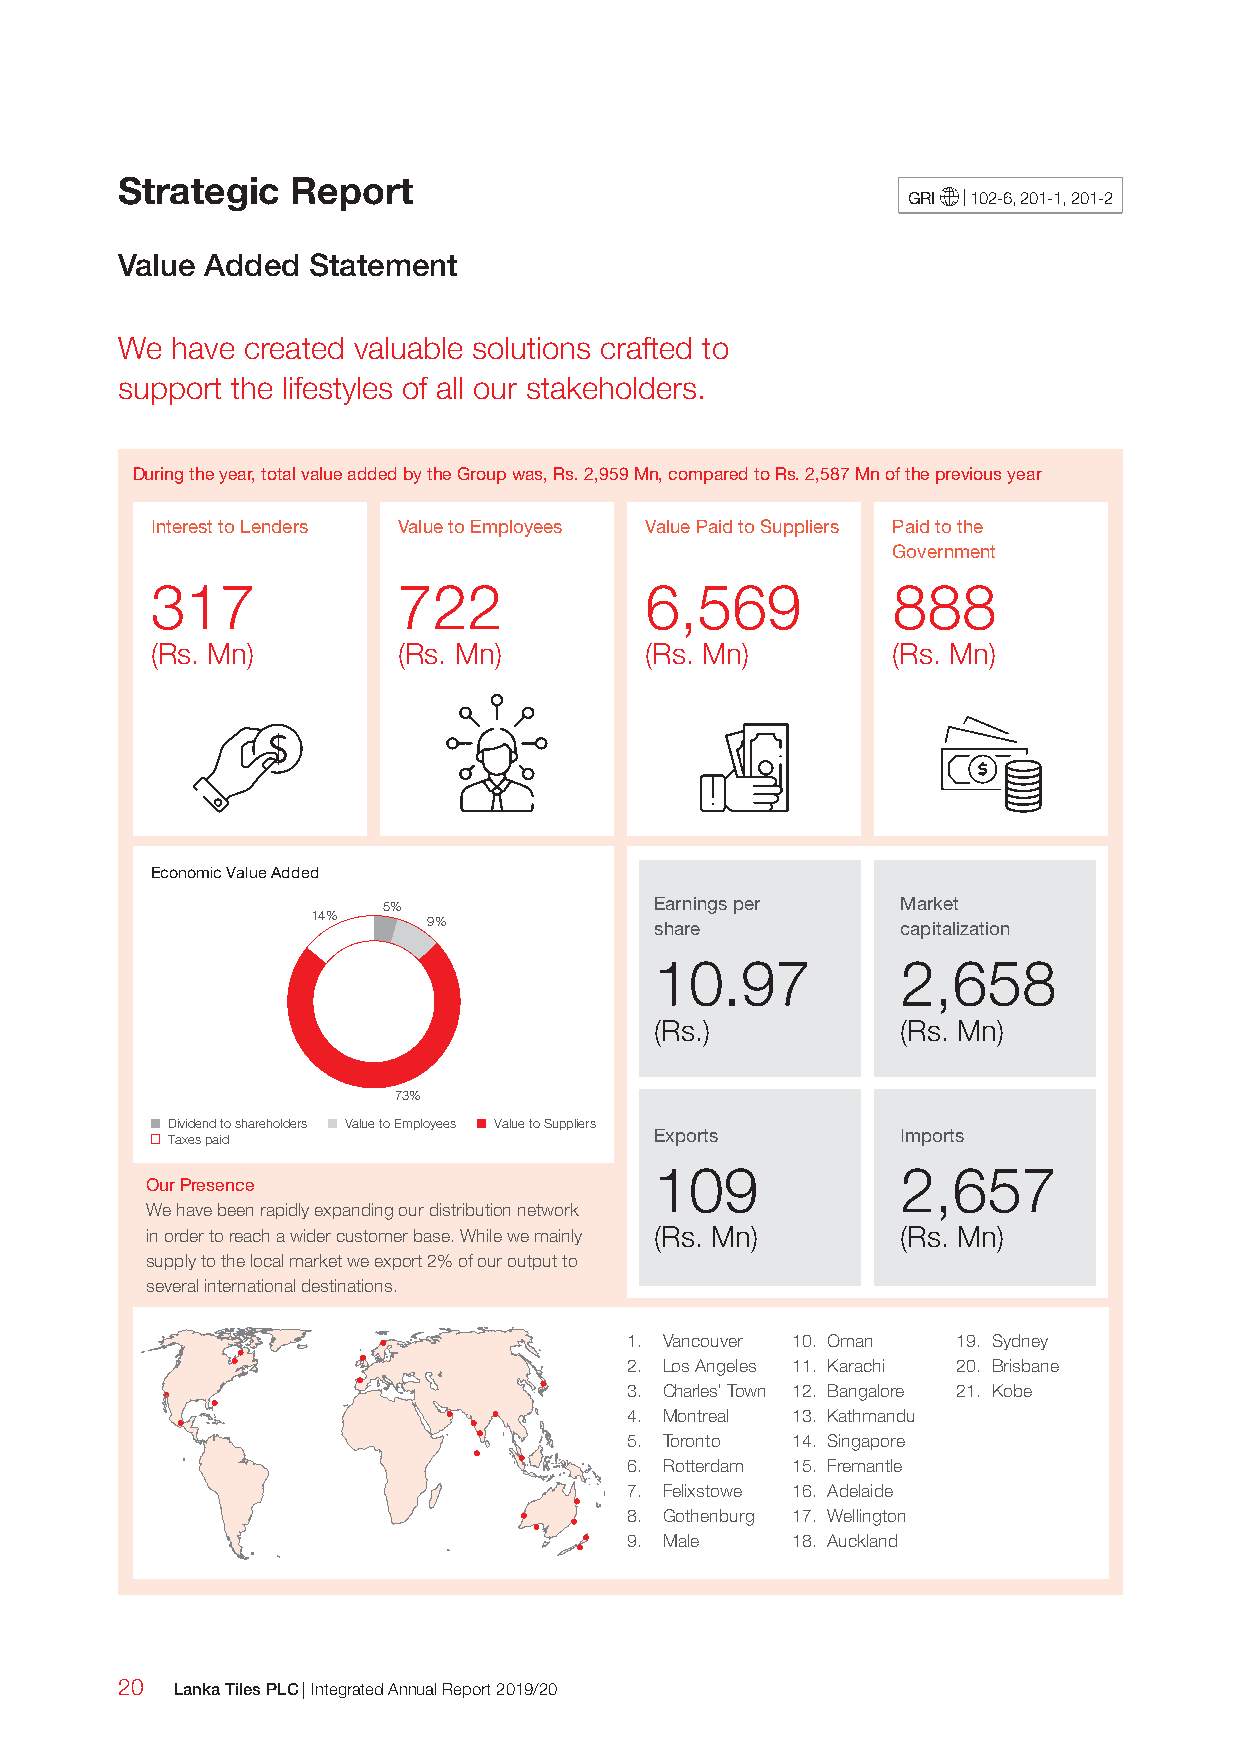
Strategic  Report
 GRI | 102-6, 201-1, 201-2
 Value Added Statement
 We have created valuable solutions crafted to
 support the lifestyles of all our stakeholders.
 During the year, total value added by the Group was, Rs. 2,959 Mn, compared to Rs. 2,587 Mn of the previous year
 Interest to Lenders Value to Employees Value Paid to Suppliers Paid to the
 Government
 317             722              6,569           888
 (Rs. Mn)        (Rs. Mn)         (Rs. Mn)        (Rs. Mn)
 Economic Value Added
 5%                Earnings per     Market
 14%    9%             share            capitalization
 10.97            2,658
 (Rs.)            (Rs. Mn)
 73%
 Dividend to shareholders Value to Employees Value to Suppliers
 Exports          Imports
 Taxes paid
 109              2,657
 Our Presence
 We have been rapidly expanding our distribution network
 in order to reach a wider customer base. While we mainly (Rs. Mn) (Rs. Mn)
 supply to the local market we export 2% of our output to
 several international destinations.
 1. Vancouver 10. Oman 19. Sydney
 2. Los Angeles 11. Karachi 20. Brisbane
 3. Charles’ Town 12. Bangalore 21. Kobe
 4. Montreal 13. Kathmandu
 5. Toronto 14. Singapore
 6. Rotterdam 15. Fremantle
 7. Felixstowe 16. Adelaide
 8. Gothenburg 17. Wellington
 9. Male   18. Auckland
 20  Lanka Tiles PLC | Integrated Annual Report 2019/20